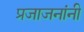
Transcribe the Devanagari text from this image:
प्रजाजनांनी